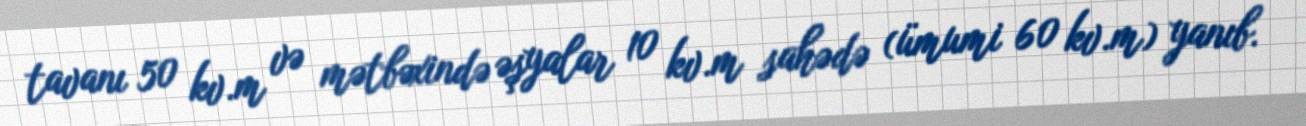
tavanı 50 kv.m və mətbəxində əşyalar 10 kv.m sahədə (ümumi 60 kv.m) yanıb.